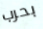
بحرب